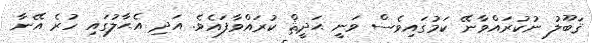
ޤަބޫލު ނުކުރައްވާނޭ ކަމުގައިވެސް ވަނީ ޙަދީޘް ކުރައްވާފައެވެ. އަދި އެޙާލުގައި ހުރެ އޭނާ